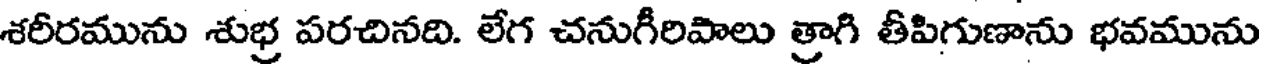
శరీరమును శుభ్ర పరచినది. లేగ చనుగీరిపాలు త్రాగి తీపిగుణాను భవమును